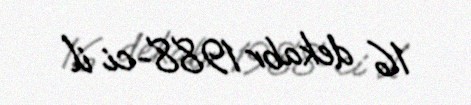
16 dekabr 1988-ci il